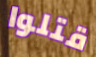
قتلوا